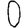
Digit: 0